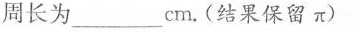
周长为___cm。(结果保留π)